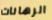
الرهانات